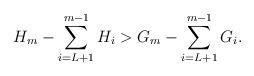
LaTeX: \begin{align*} H_m-\sum_{i=L+1}^{m-1}H_i&> G_m-\sum_{i=L+1}^{m-1}G_i.\end{align*}